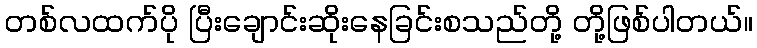
တစ်လထက်ပို ပြီးချောင်းဆိုးနေခြင်းစသည်တို့ တို့ဖြစ်ပါတယ်။